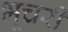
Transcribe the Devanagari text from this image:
भूचरी